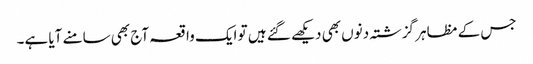
جس کے مظاہر گزشتہ دنوں بھی دیکھے گئے ہیں تو ایک واقعہ آج بھی سامنے آیا ہے۔